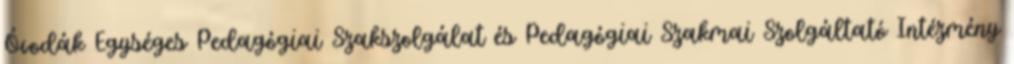
Óvodák Egységes Pedagógiai Szakszolgálat és Pedagógiai Szakmai Szolgáltató Intézmény